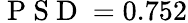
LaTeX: \mathrm{~P~S~D~}=0.752